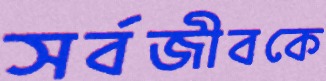
সর্বজীবকে